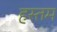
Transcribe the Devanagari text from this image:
हस्तम